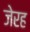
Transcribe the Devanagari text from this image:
जेरह